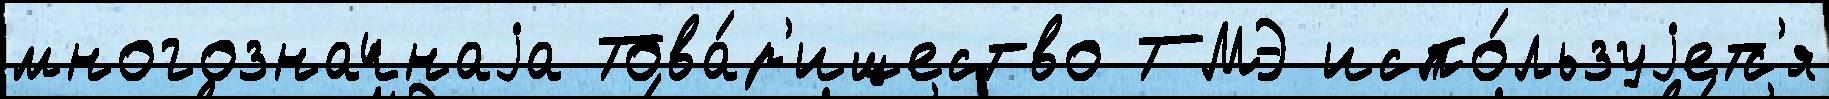
многозначнаjа Това́р'ищество ТМЭ испо́льзуjетс'я